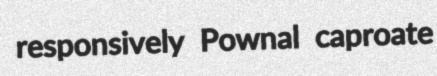
responsively Pownal caproate